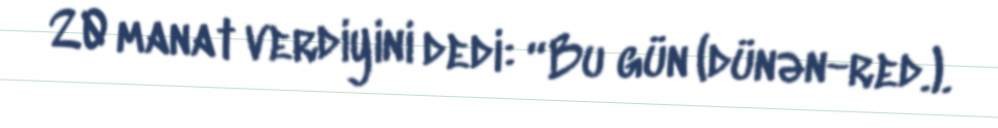
20 manat verdiyini dedi: “Bu gün (dünən-red.).